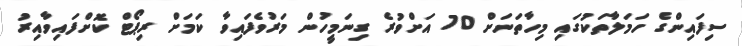
ސިފައިންގެ ހަމަލާތަކުގައި މިހާތަނަށް 70 އަށްވުރެ ގިނަމީހުން މަރުވެފައިވާ ކަމަށް ރިޕޯޓް ކޮށްފައިވާއިރު